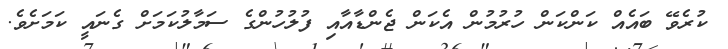
ކުރެވޭ ބައެއް ކަންކަން ހުރުމުން އެކަން ޖެންޑާއާއި ފުލުހުންގެ ސަމާލުކަމަށް ގެނައީ ކަމަށެވެ.